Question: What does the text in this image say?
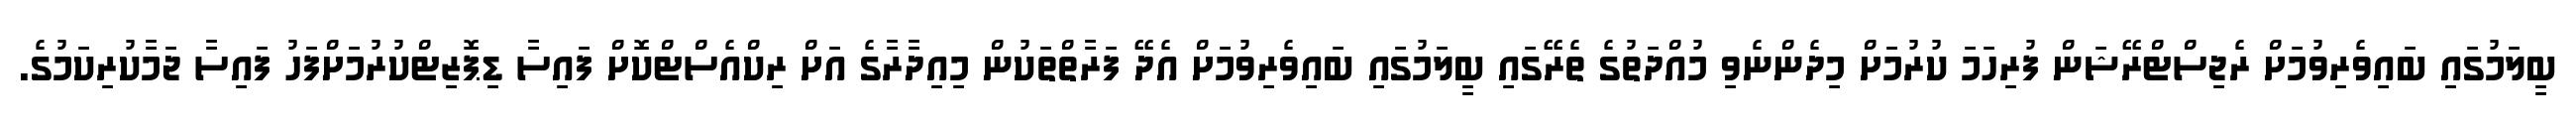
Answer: ބީލަމުގައި ބައިވެރިވުމަށް ރެޖިސްޓްރޭޝަން ފުރިހަމަ ކުރުމަށް މިދެންނެވި މުއްދަތުގެ ތެރޭގައި ބީލަމުގައި ބައިވެރިވުމަށް އެދޭ ފަރާތްތަކުން މިއިދާރާގެ އަށް ރިކްއެސްޓްކޮށް ފައިސާ ޑިޕޮޒިޓްކުރުމަށްފަހު ފައިސާ ޖަމާކުރިކަމުގެ.